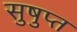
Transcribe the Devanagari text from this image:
सुषुप्‍त